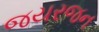
જયરજન